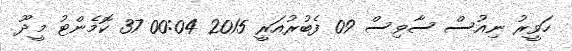
ހަވީރު ނިއުސް ސާވިސް 09 ފެބުރުއަރީ 2015 00:04 37 ކޮމެންޓު މީދޫ